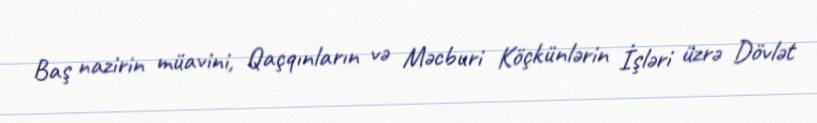
Baş nazirin müavini, Qaçqınların və Məcburi Köçkünlərin İşləri üzrə Dövlət